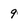
Character: 9